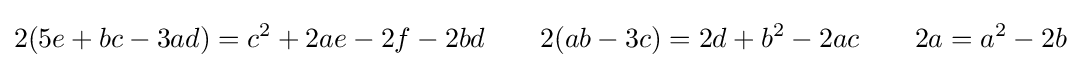
2(5e+bc-3ad)=c^{2}+2ae-2f-2bd\qquad 2(ab-3c)=2d+b^{2}-2ac\qquad 2a=a^{2}-2b